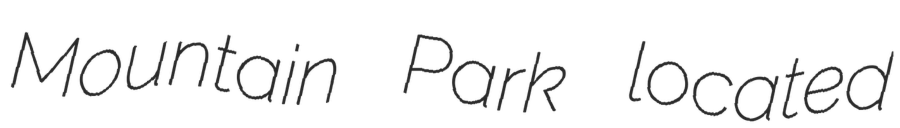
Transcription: Mountain Park located